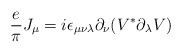
\begin{align*}{\frac{e}{\pi }}J_{\mu }=i\epsilon _{\mu \nu \lambda }\partial _{\nu}(V^{\ast }\partial _{\lambda }V)\end{align*}